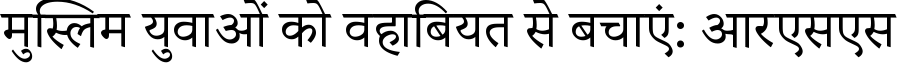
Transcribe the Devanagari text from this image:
मुस्लिम युवाओं को वहाबियत से बचाएं: आरएसएस